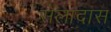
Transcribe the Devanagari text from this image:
सेलादास